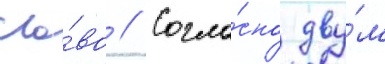
сло́во // Согла́сно дву́м